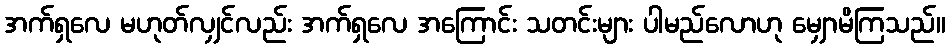
အက်ရှလေ မဟုတ်လျှင်လည်း အက်ရှလေ အကြောင်း သတင်းများ ပါမည်လောဟု မျှောမိကြသည်။